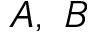
A , \ B